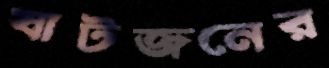
ষাটজনের